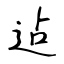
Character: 迠